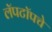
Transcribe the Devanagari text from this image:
लॅपटॉपचे